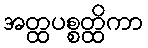
အတ္ထပစ္စတ္ထိကာ